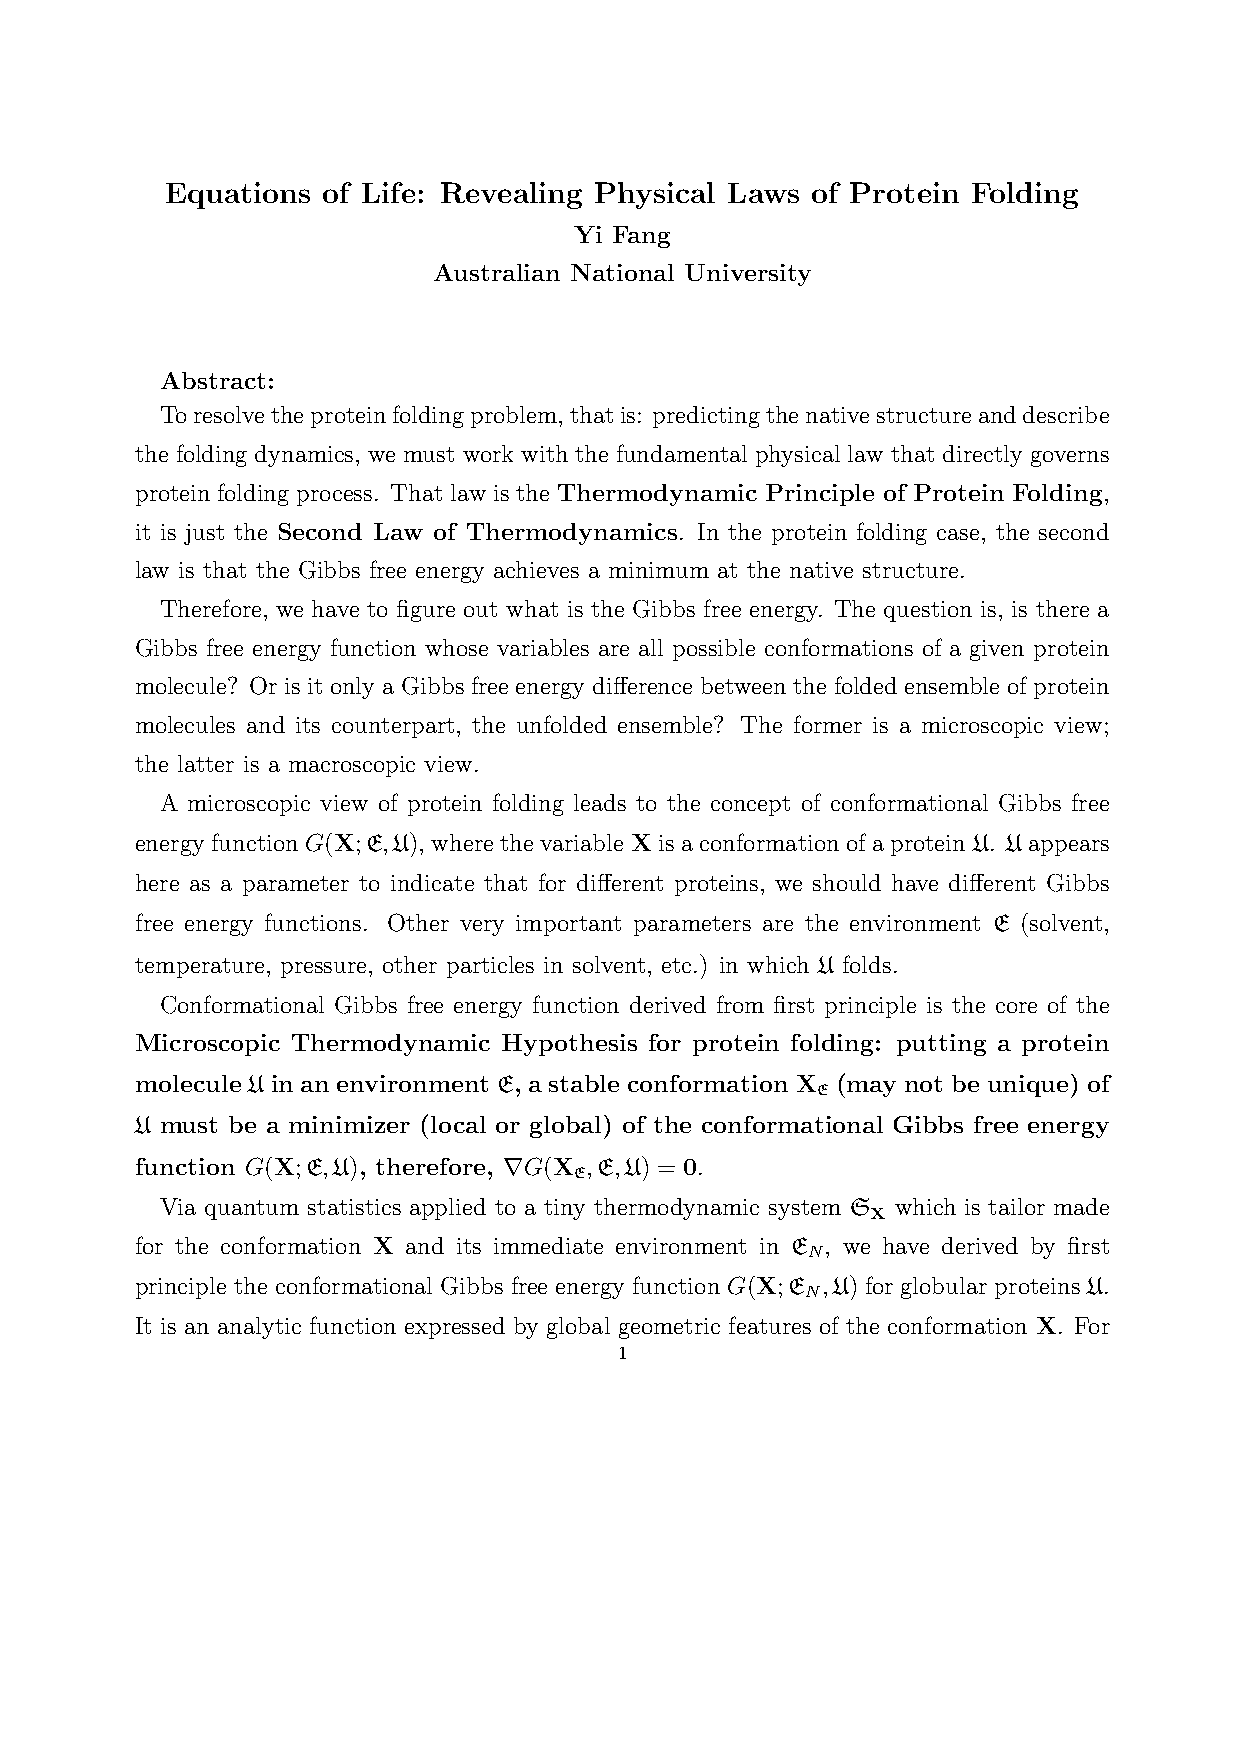
Equations of Life: Revealing Physical Laws of Protein Folding
 Yi Fang
 Australian National University
 Abstract:
 Toresolvetheproteinfoldingproblem,thatis: predictingthenativestructureanddescribe
 the folding dynamics, we must work with the fundamental physical law that directly governs
 protein folding process. That law is the Thermodynamic Principle of Protein Folding,
 it is just the Second Law of Thermodynamics. In the protein folding case, the second
 law is that the Gibbs free energy achieves a minimum at the native structure.
 Therefore, we have to figure out what is the Gibbs free energy. The question is, is there a
 Gibbs free energy function whose variables are all possible conformations of a given protein
 molecule? Or is it only a Gibbs free energy difference between the folded ensemble of protein
 molecules and its counterpart, the unfolded ensemble? The former is a microscopic view;
 the latter is a macroscopic view.
 A microscopic view of protein folding leads to the concept of conformational Gibbs free
 energy function G(X;E,U), where the variable X is a conformation of a protein U. U appears
 here as a parameter to indicate that for different proteins, we should have different Gibbs
 free energy functions. Other very important parameters are the environment E (solvent,
 temperature, pressure, other particles in solvent, etc.) in which U folds.
 Conformational Gibbs free energy function derived from first principle is the core of the
 Microscopic Thermodynamic Hypothesis for protein folding: putting a protein
 molecule U in an environment E, a stable conformation X (may not be unique) of
 E
 U must be a minimizer (local or global) of the conformational Gibbs free energy
 function G(X;E,U), therefore, ∇G(X ,E,U) = 0.
 E
 Via quantum statistics applied to a tiny thermodynamic system S which is tailor made
 X
 for the conformation X and its immediate environment in E , we have derived by first
 N
 principle the conformational Gibbs free energy function G(X;E ,U) for globular proteins U.
 N
 It is an analytic function expressed by global geometric features of the conformation X. For
 1